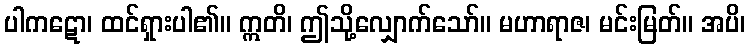
ပါကဋော၊ ထင်ရှားပါ၏။ ဣတိ၊ ဤသို့လျှောက်သော်။ မဟာရာဇ၊ မင်းမြတ်။ အပိ၊